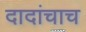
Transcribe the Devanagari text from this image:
दादांचाच